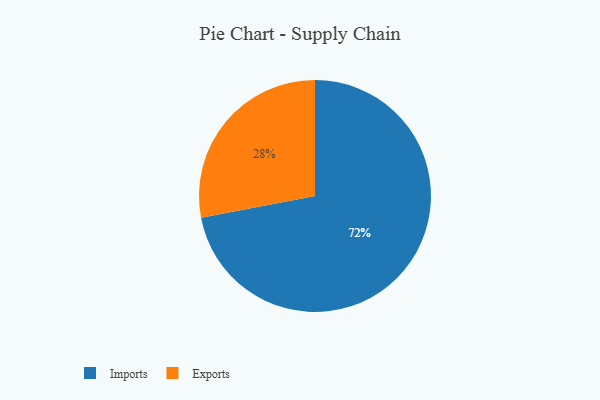
{"axis": {"x": "Category", "y": "Percentage"}, "legend": ["Exports", "Imports"], "data": [{"x": "Exports", "y": 28, "type": "Exports"}, {"x": "Imports", "y": 72, "type": "Imports"}]}